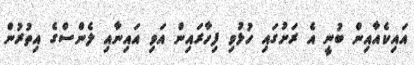
އައިކެއާއިން ބުނީ އެ ރަށުގައި ހުޅުވި ފިހާރައިން އަވި އައިނާއި ލެންސްގެ އިތުރުން